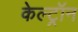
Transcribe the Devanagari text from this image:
केल्ट्रॉन